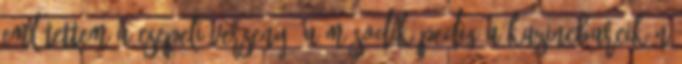
említettem a csepeli verseny, a második pedig a Kazincbarcikán